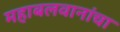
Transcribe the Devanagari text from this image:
महाबलवानांचा